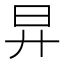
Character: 㫒